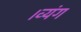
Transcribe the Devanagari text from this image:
।व्यंग